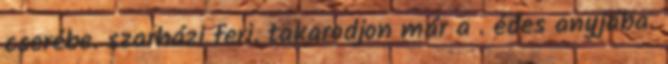
cserébe. szarházi feri. takarodjon már a . édes anyjába.